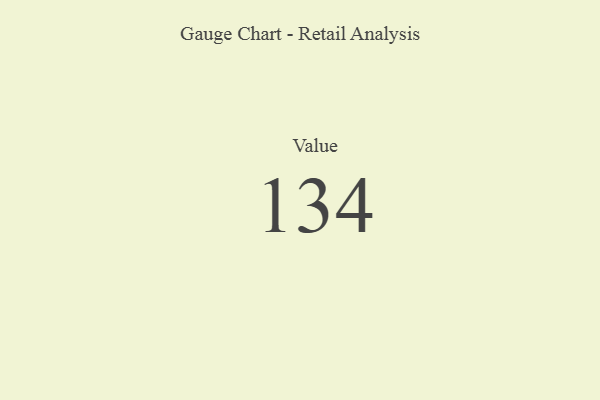
{"axis": {"x": "Metric", "y": "Value"}, "legend": [""], "data": [{"x": "Value", "y": 134, "type": ""}]}